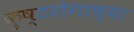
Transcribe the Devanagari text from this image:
कुष्टरोगाच्या